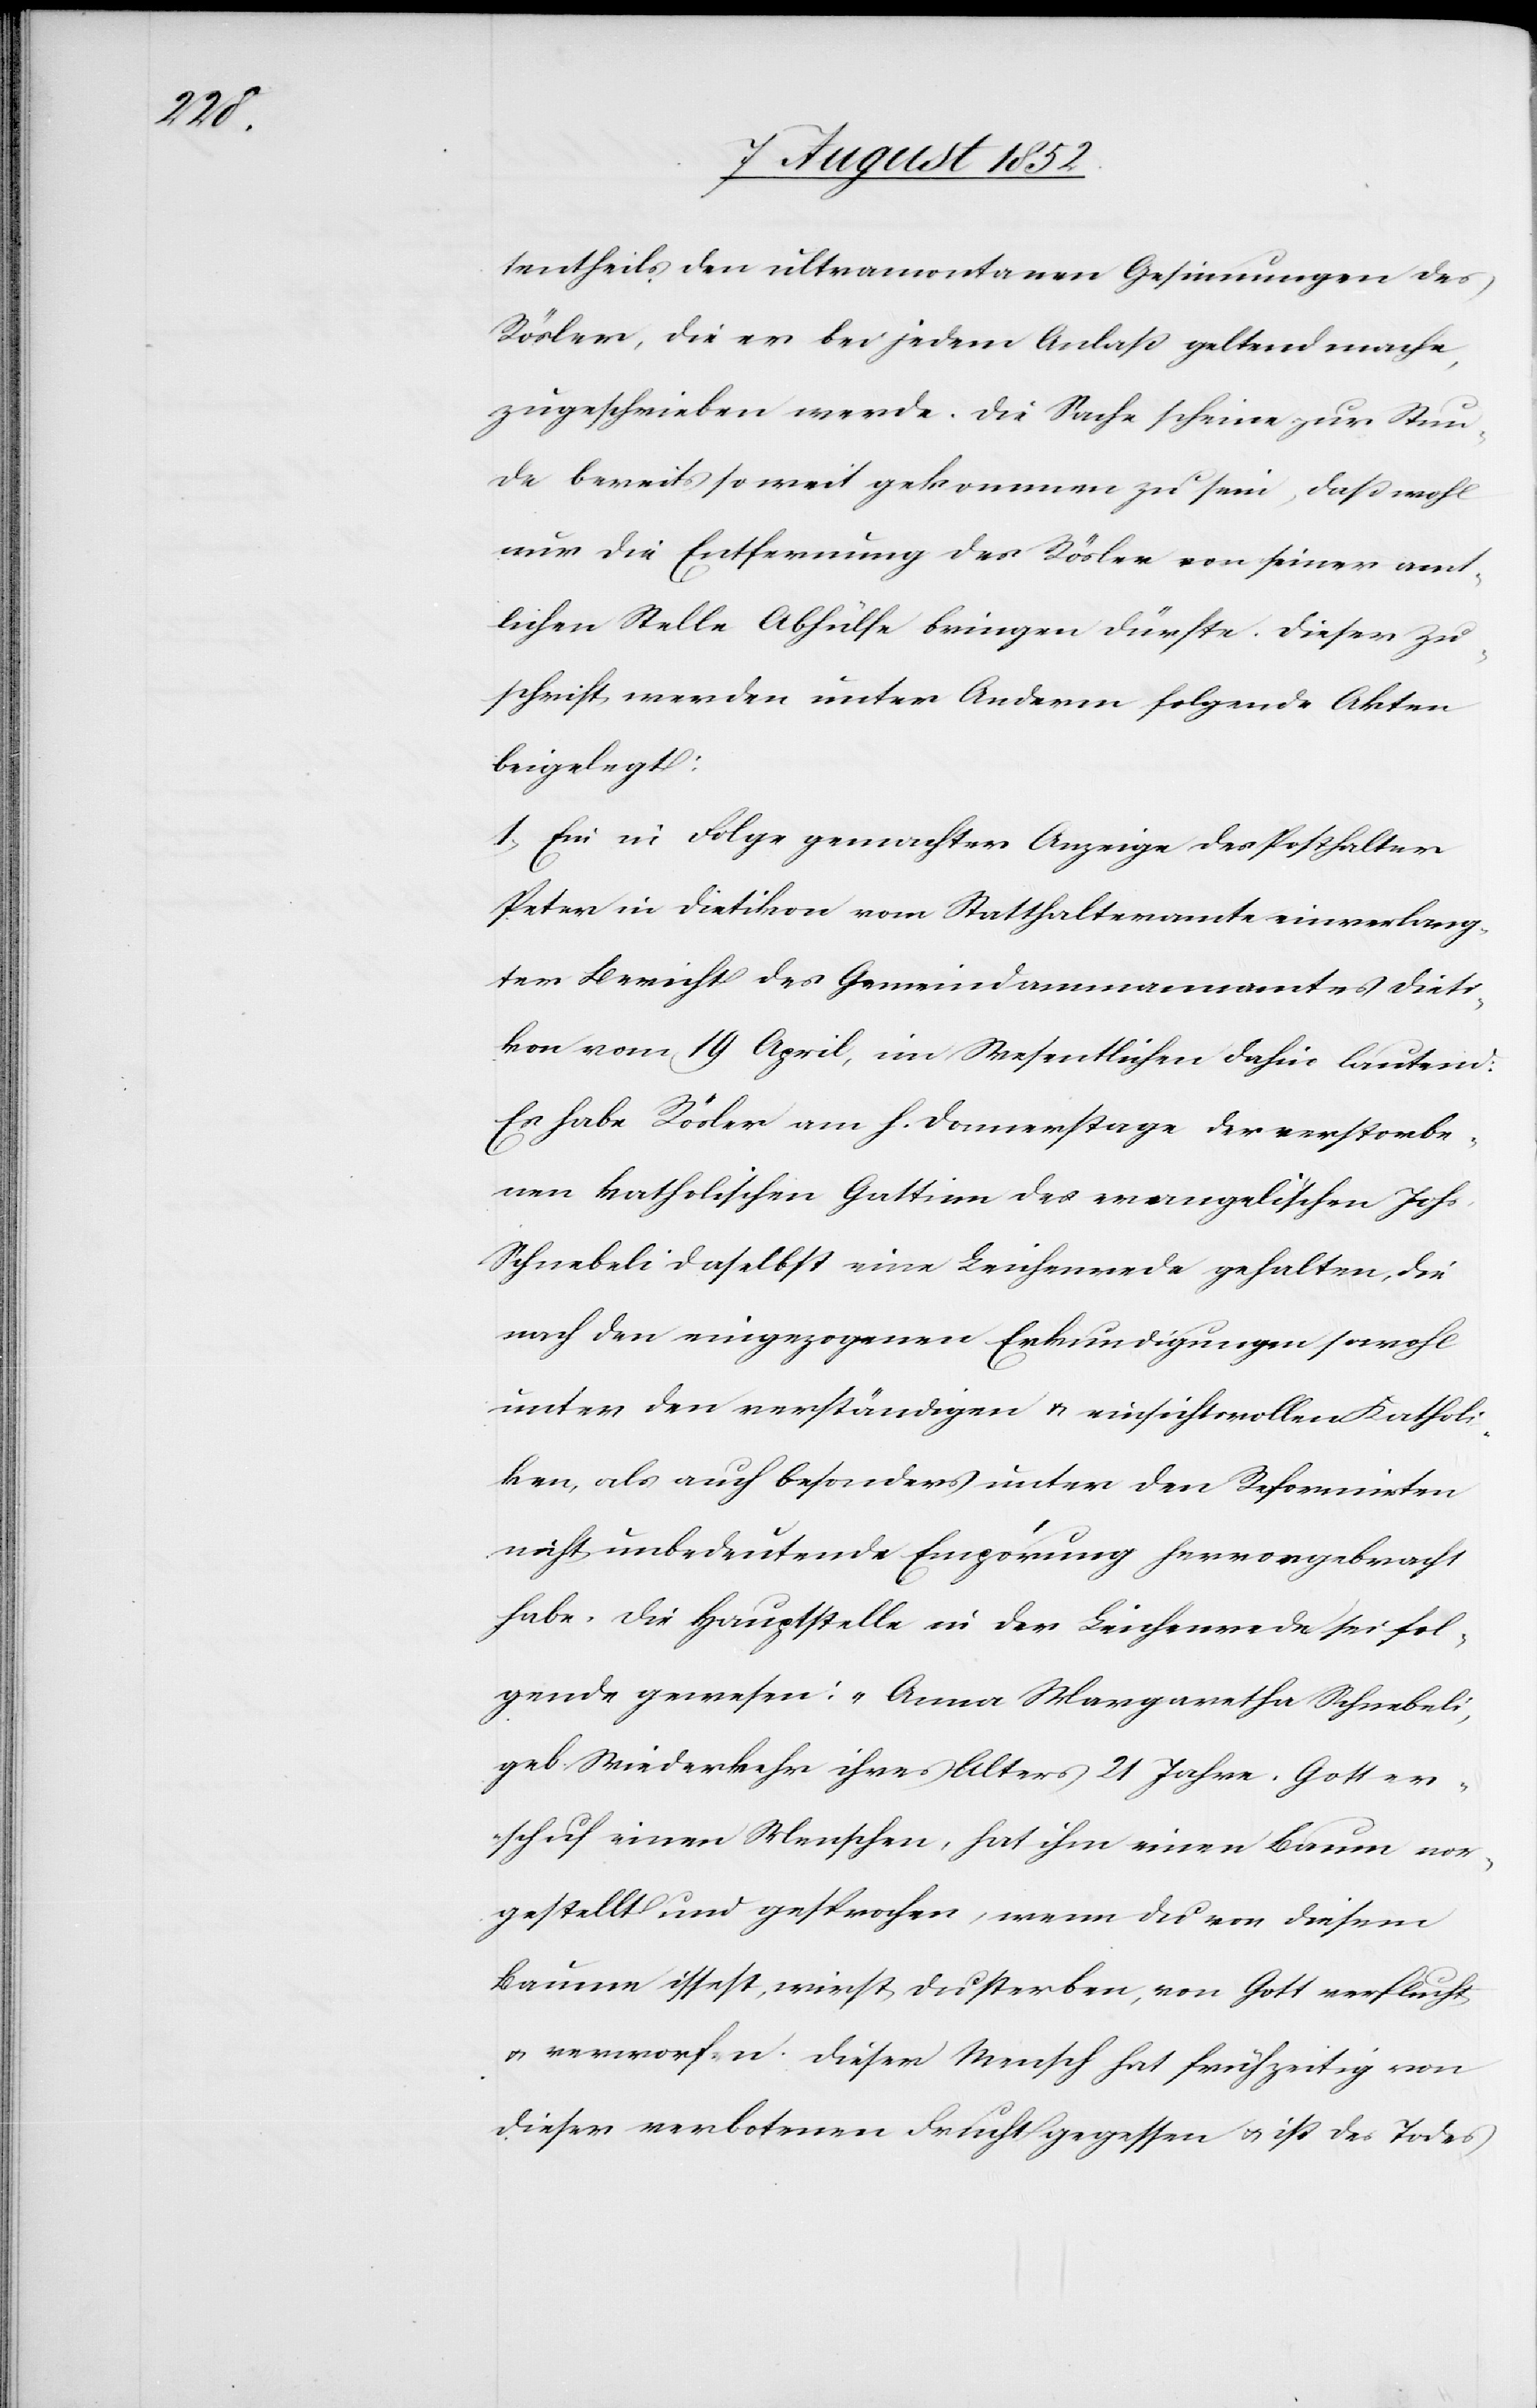
tentheils den ultramontanen Gesinnungen des
Rösler, die er bei jedem Anlaß geltend mache,
zugeschrieben werde. Die Sache scheine zur Stun¬
de bereits so weit gekommen zu sein, daß wohl
nur die Entfernung des Rösler von seiner amt¬
lichen Stelle Abhülfe bringen dürfte. Dieser Zu¬
schrift werden unter Anderm folgende Akten
beigelegt:
1, Ein in Folge gemachter Anzeige des Posthalter
Peter in Dietikon vom Statthalteramte einverlang¬
ter Bericht des Gemeindammannamtes Dieti¬
kon vom 19 April, im Wesentlichen dahin lautend:
Es habe Rösler am h. Donnerstage der verstorbe¬
nen katholischen Gattinn des evangelischen Johs.
Schnebeli daselbst eine Leichenrede gehalten, die
nach den eingezogenen Erkundigungen sowohl
unter den verständigen & einsichtsvollen Katholi¬
ken, als auch besonders unter den Reformirten
nicht unbedeutende Empörung hervorgebracht
habe. Die Hauptstelle in der Leichenrede sei fol¬
gende gewesen: „Anna Margaretha Schnebeli,
geb. Wiederkehr ihres Alters 21 Jahre. Gott er¬
schuf einen Menschen, hat ihm einen Baum vor¬
gestellt und gesprochen, wenn du von diesem
Baume issest, wirst du sterben, von Gott verflucht
& verworfen. Dieser Mensch hat frühzeitig von
dieser verbotenen Frucht gegessen & ist des Todes